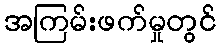
အကြမ်းဖက်မှုတွင်